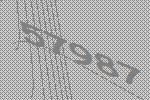
57987